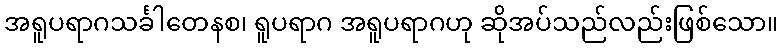
အရူပရာဂသင်္ခါတေနစ၊ ရူပရာဂ အရူပရာဂဟု ဆိုအပ်သည်လည်းဖြစ်သော။